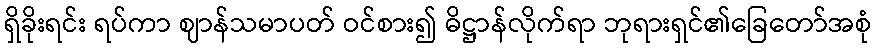
ရှိခိုးရင်း ရပ်ကာ ဈာန်သမာပတ် ဝင်စား၍ ဓိဋ္ဌာန်လိုက်ရာ ဘုရားရှင်၏ခြေတော်အစုံ